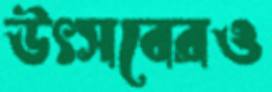
উৎসবেরও